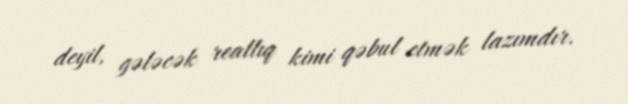
deyil, gələcək reallıq kimi qəbul etmək lazımdır.